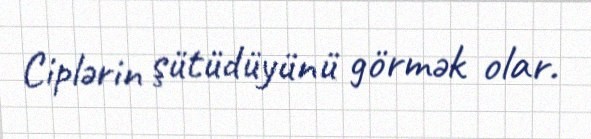
Ciplərin şütüdüyünü görmək olar.